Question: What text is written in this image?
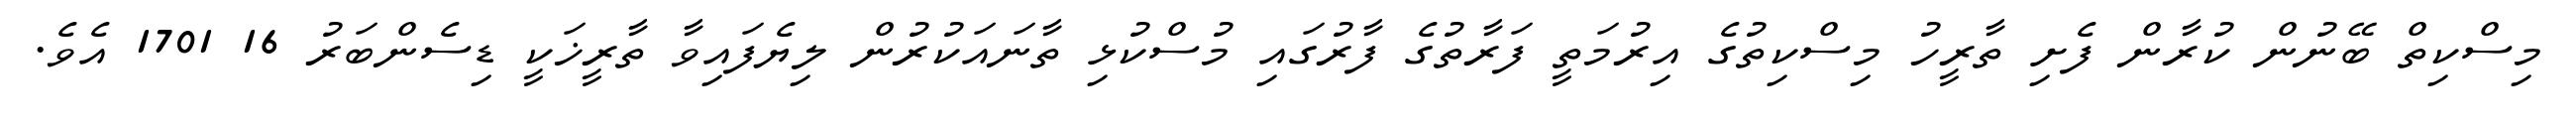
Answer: މިސްކިތް ބޭނުން ކުރާން ފެށި ތާރީހު މިސްކިތުގެ އިރުމަތީ ފަރާތުގެ ފާރުގައި މުސްކުޅި ތާނައަކުރުން ލިޔެފައިވާ ތާރީޚަކީ ޑިސެންބަރު 16 1701 އެވެ.